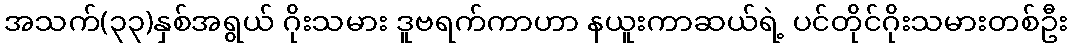
အသက်(၃၃)နှစ်အရွယ် ဂိုးသမား ဒူဗရက်ကာဟာ နယူးကာဆယ်ရဲ့ ပင်တိုင်ဂိုးသမားတစ်ဦး